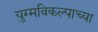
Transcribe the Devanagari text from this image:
युग्मविकल्पाच्या